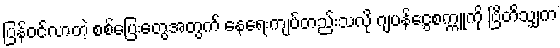
ပြန်ဝင်လာတဲ့ စစ်ပြေးတွေအတွက် နေရေးကျပ်တည်းသလို ဂျပန်ငွေစက္ကူကို ဗြိတိသျှက